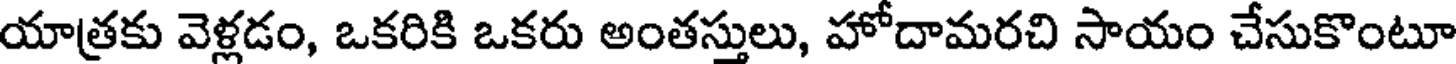
యాత్రకు వెళ్లడం, ఒకరికి ఒకరు అంతస్తులు, హోదామరచి సాయం చేసుకొంటూ